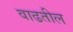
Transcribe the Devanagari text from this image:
वाढतील